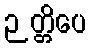
ဉတ္တိပေ